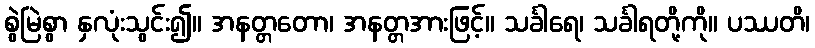
စွဲမြဲစွာ နှလုံးသွင်း၍။ အနတ္တတော၊ အနတ္တအားဖြင့်။ သင်္ခါရေ၊ သင်္ခါရတို့ကို။ ပဿတိ၊